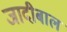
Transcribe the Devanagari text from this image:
जादीबाल